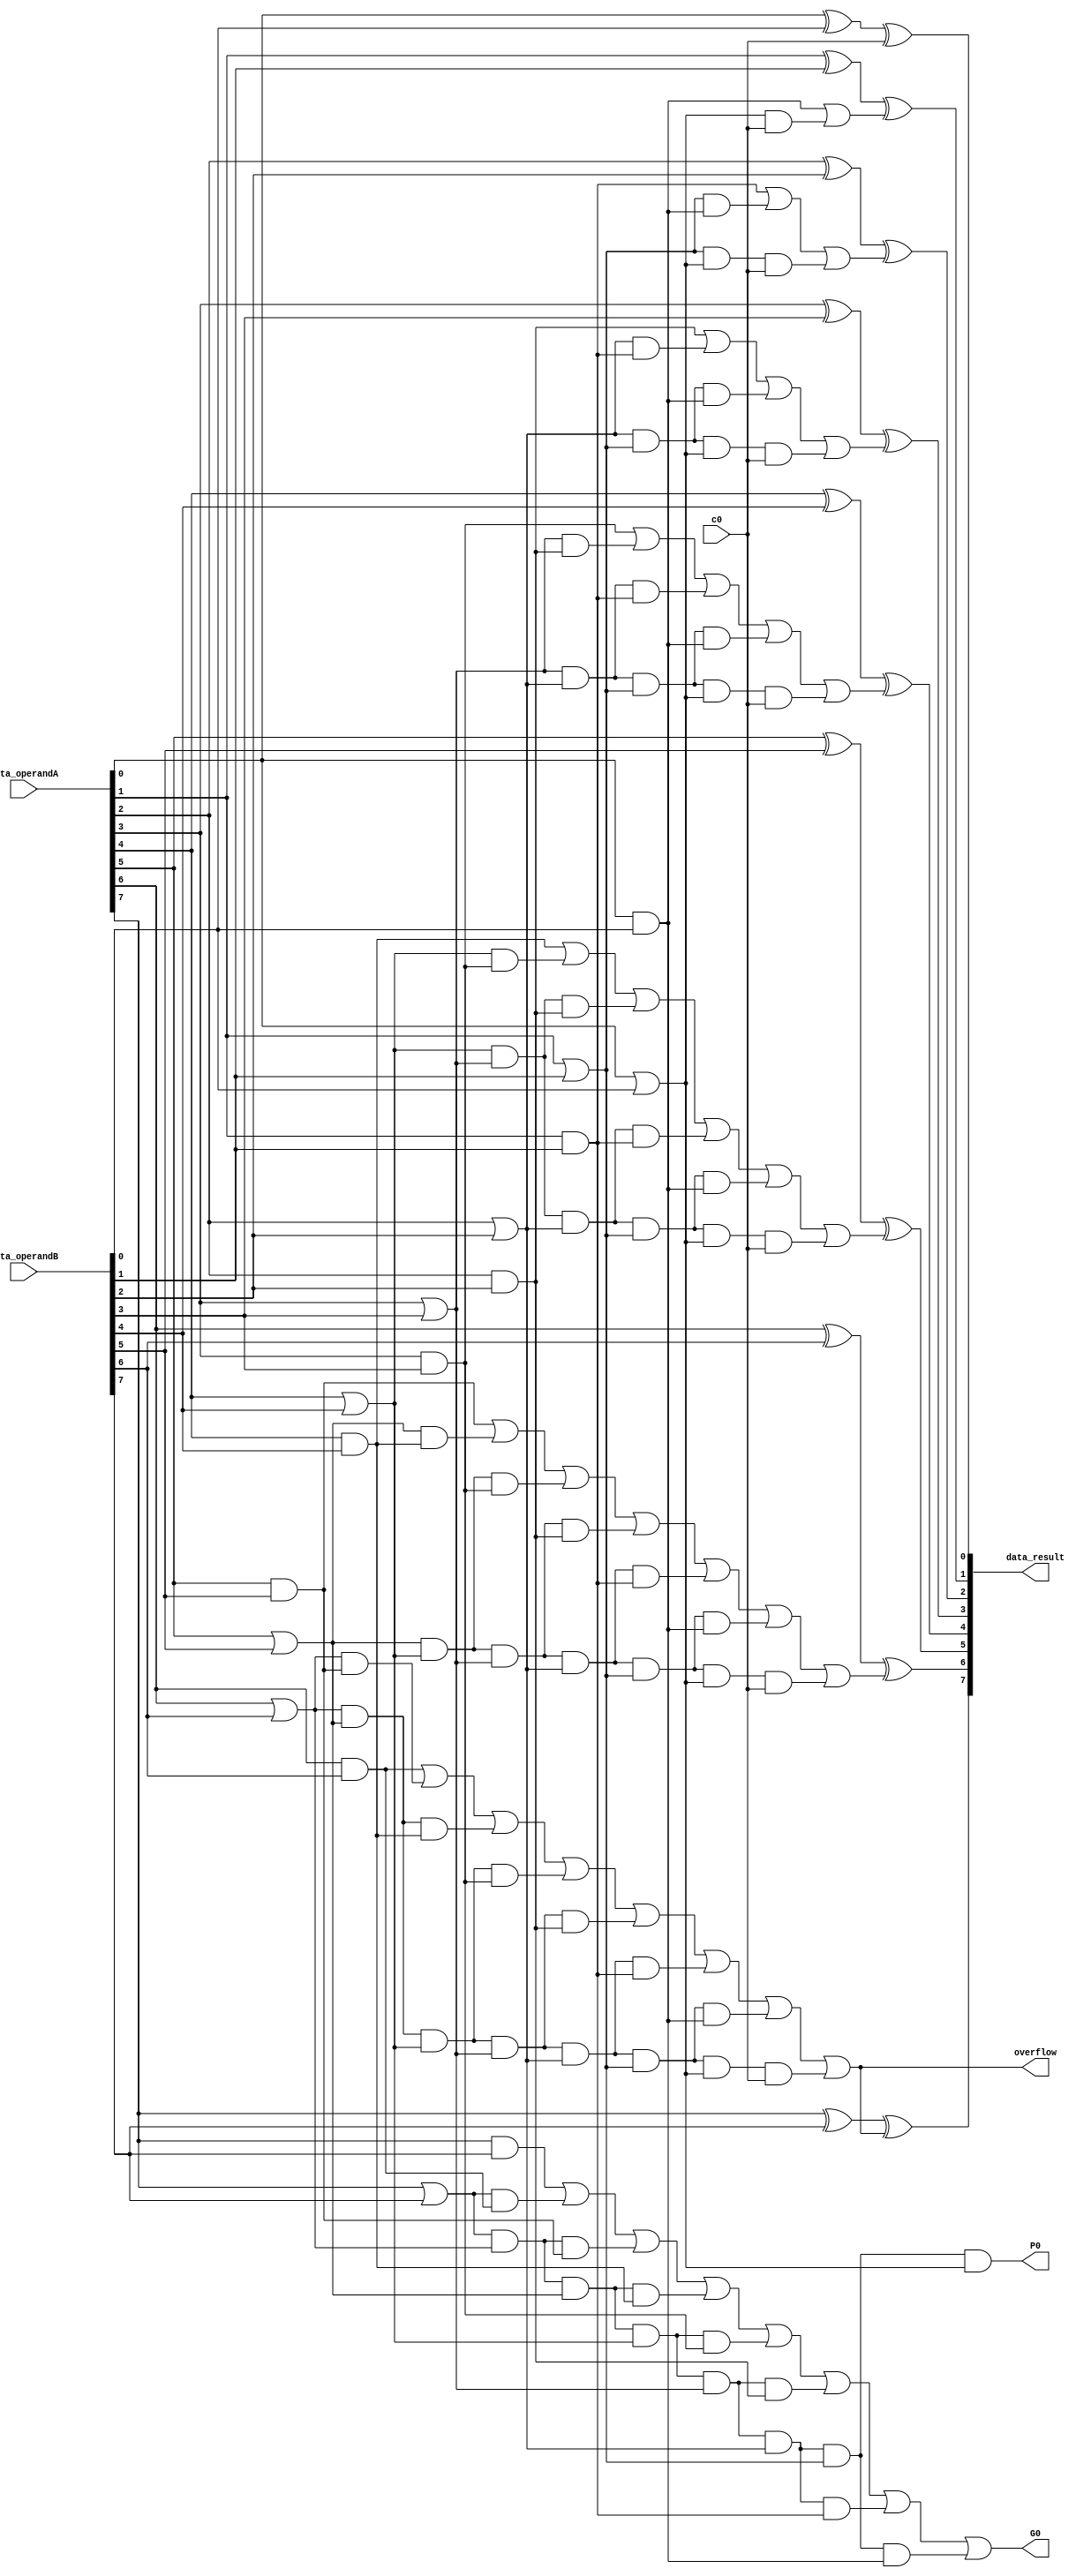
module adderblock(data_result, P0, G0, data_operandA, data_operandB, c0, overflow);
    input [7:0] data_operandA, data_operandB;
    input c0;

    output [7:0] data_result;
    output P0, G0;
    output overflow;

    wire c0, c1, c2, c3, c4, c5, c6, c7;

    wire p0, p1, p2, p3, p4, p5, p6, p7;
    wire g0, g1, g2, g3, g4, g5, g6, g7;

    wire p0c0, p1p0c0, p2p1p0c0, p3p2p1p0c0, p4p3p2p1p0c0, p5p4p3p2p1p0c0, p6p5p4p3p2p1p0c0, p7p6p5p4p3p2p1p0c0;
    wire p1g0, p2p1g0, p3p2p1g0, p4p3p2p1g0, p5p4p3p2p1g0, p6p5p4p3p2p1g0, p7p6p5p4p3p2p1g0;
    wire p2g1, p3p2g1, p4p3p2g1, p5p4p3p2g1, p6p5p4p3p2g1, p7p6p5p4p3p2g1;
    wire p3g2, p4p3g2, p5p4p3g2, p6p5p4p3g2, p7p6p5p4p3g2;
    wire p4g3, p5p4g3, p6p5p4g3, p7p6p5p4g3;
    wire p5g4, p6p5g4, p7p6p5g4;
    wire p6g5, p7p6g5;
    wire p7g6;

    // level 1 - propogate and generate
    and ANDg0(g0, data_operandA[0], data_operandB[0]);
    and ANDg1(g1, data_operandA[1], data_operandB[1]);
    and ANDg2(g2, data_operandA[2], data_operandB[2]);
    and ANDg3(g3, data_operandA[3], data_operandB[3]);
    and ANDg4(g4, data_operandA[4], data_operandB[4]);
    and ANDg5(g5, data_operandA[5], data_operandB[5]);
    and ANDg6(g6, data_operandA[6], data_operandB[6]);
    and ANDg7(g7, data_operandA[7], data_operandB[7]);

    or ORp0(p0, data_operandA[0], data_operandB[0]);
    or ORp1(p1, data_operandA[1], data_operandB[1]);
    or ORp2(p2, data_operandA[2], data_operandB[2]);
    or ORp3(p3, data_operandA[3], data_operandB[3]);
    or ORp4(p4, data_operandA[4], data_operandB[4]);
    or ORp5(p5, data_operandA[5], data_operandB[5]);
    or ORp6(p6, data_operandA[6], data_operandB[6]);
    or ORp7(p7, data_operandA[7], data_operandB[7]);

    // level 2 - products (ANDs)
    and ANDp0c0(p0c0, p0, c0);
    and ANDp1p0c0(p1p0c0, p1, p0, c0);
    and ANDp2p1p0c0(p2p1p0c0, p2, p1, p0, c0);
    and ANDp3p2p1p0c0(p3p2p1p0c0, p3, p2, p1, p0, c0);
    and ANDp4p3p2p1p0c0(p4p3p2p1p0c0, p4, p3, p2, p1, p0, c0);
    and ANDp5p4p3p2p1p0c0(p5p4p3p2p1p0c0, p5, p4, p3, p2, p1, p0, c0);
    and ANDp6p5p4p3p2p1p0c0(p6p5p4p3p2p1p0c0, p6, p5, p4, p3, p2, p1, p0, c0);
    and ANDp7p6p5p4p3p2p1p0c0(p7p6p5p4p3p2p1p0c0, p7, p6, p5, p4, p3, p2, p1, p0, c0);

    and ANDp1g0(p1g0, p1, g0);
    and ANDp2p1g0(p2p1g0, p2, p1, g0);
    and ANDp3p2p1g0(p3p2p1g0, p3, p2, p1, g0);
    and ANDp4p3p2p1g0(p4p3p2p1g0, p4, p3, p2, p1, g0);
    and ANDp5p4p3p2p1g0(p5p4p3p2p1g0, p5, p4, p3, p2, p1, g0);
    and ANDp6p5p4p3p2p1g0(p6p5p4p3p2p1g0, p6, p5, p4, p3, p2, p1, g0);
    and ANDp7p6p5p4p3p2p1g0(p7p6p5p4p3p2p1g0, p7, p6, p5, p4, p3, p2, p1, g0);

    and ANDp2g1(p2g1, p2, g1);
    and ANDp3p2g1(p3p2g1, p3, p2, g1);
    and ANDp4p3p2g1(p4p3p2g1, p4, p3, p2, g1);
    and ANDp5p4p3p2g1(p5p4p3p2g1, p5, p4, p3, p2, g1);
    and ANDp6p5p4p3p2g1(p6p5p4p3p2g1, p6, p5, p4, p3, p2, g1);
    and ANDp7p6p5p4p3p2g1(p7p6p5p4p3p2g1, p7, p6, p5, p4, p3, p2, g1);

    and ANDp3g2(p3g2, p3, g2);
    and ANDp4p3g2(p4p3g2, p4, p3, g2);
    and ANDp5p4p3g2(p5p4p3g2, p5, p4, p3, g2);
    and ANDp6p5p4p3g2(p6p5p4p3g2, p6, p5, p4, p3, g2);
    and ANDp7p6p5p4p3g2(p7p6p5p4p3g2, p7, p6, p5, p4, p3, g2);

    and ANDp4g3(p4g3, p4, g3);
    and ANDp5p4g3(p5p4g3, p5, p4, g3);
    and ANDp6p5p4g3(p6p5p4g3, p6, p5, p4, g3);
    and ANDp7p6p5p4g3(p7p6p5p4g3, p7, p6, p5, p4, g3);

    and ANDp5g4(p5g4, p5, g4);
    and ANDp6p5g4(p6p5g4, p6, p5, g4);
    and ANDp7p6p5g4(p7p6p5g4, p7, p6, p5, g4);
    
    and ANDp6g5(p6g5, p6, g5);
    and ANDp7p6g5(p7p6g5, p7, p6, g5);

    and ANDp7g6(p7g6, p7, g6);
    
    // level 3 - sums of products
    or ORc1(c1, g0, p0c0);
    or ORc2(c2, g1, p1g0, p1p0c0);
    or ORc3(c3, g2, p2g1, p2p1g0, p2p1p0c0);
    or ORc4(c4, g3, p3g2, p3p2g1, p3p2p1g0, p3p2p1p0c0);
    or ORc5(c5, g4, p4g3, p4p3g2, p4p3p2g1, p4p3p2p1g0, p4p3p2p1p0c0);
    or ORc6(c6, g5, p5g4, p5p4g3, p5p4p3g2, p5p4p3p2g1, p5p4p3p2p1g0, p5p4p3p2p1p0c0);
    or ORc7(c7, g6, p6g5, p6p5g4, p6p5p4g3, p6p5p4p3g2, p6p5p4p3p2g1, p6p5p4p3p2p1g0, p6p5p4p3p2p1p0c0);

    // P0, G0 block-level output
    and ANDP0(P0, p7, p6, p5, p4, p3, p2, p1, p0);
    or ORG0(G0, g7, p7g6, p7p6g5, p7p6p5g4, p7p6p5p4g3, p7p6p5p4p3g2, p7p6p5p4p3p2g1, p7p6p5p4p3p2p1g0);

    // sum bits
    xor XORs0(data_result[0], data_operandA[0], data_operandB[0], c0);
    xor XORs1(data_result[1], data_operandA[1], data_operandB[1], c1);
    xor XORs2(data_result[2], data_operandA[2], data_operandB[2], c2);
    xor XORs3(data_result[3], data_operandA[3], data_operandB[3], c3);
    xor XORs4(data_result[4], data_operandA[4], data_operandB[4], c4);
    xor XORs5(data_result[5], data_operandA[5], data_operandB[5], c5);
    xor XORs6(data_result[6], data_operandA[6], data_operandB[6], c6);
    xor XORs7(data_result[7], data_operandA[7], data_operandB[7], c7); 

    assign overflow = c7;   

endmodule